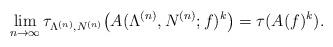
LaTeX: \begin{align*}\lim_{n\to\infty}\tau_{\Lambda^{(n)},N^{(n)}} \big( A(\Lambda^{(n)},N^{(n)};f)^k\big)=\tau(A(f)^k).\end{align*}